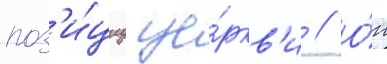
поз'и́циу це́ркв'и // О́н